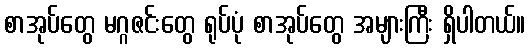
စာအုပ်တွေ မဂ္ဂဇင်းတွေ ရုပ်ပုံ စာအုပ်တွေ အများကြီး ရှိပါတယ်။